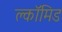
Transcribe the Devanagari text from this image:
क्लॉमिड